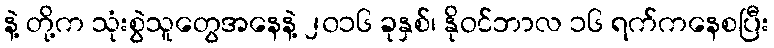
နဲ့ တို့က သုံးစွဲသူတွေအနေနဲ့ ၂၀၁၆ ခုနှစ်၊ နိုဝင်ဘာလ ၁၆ ရက်ကနေစပြီး